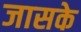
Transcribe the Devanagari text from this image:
जासके